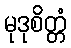
မုဒုစိတ္တံ